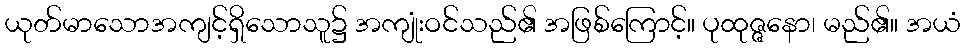
ယုတ်မာသောအကျင့်ရှိသောသူ၌ အကျုံးဝင်သည်၏ အဖြစ်ကြောင့်။ ပုထုဇ္ဇနော၊ မည်၏။ အယံ